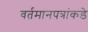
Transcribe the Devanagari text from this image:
वर्तमानपत्रांकडे